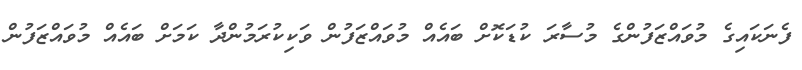
ފެނަކައިގެ މުވައްޒަފުންގެ މުސާރަ ކުޑަކޮށް ބައެއް މުވައްޒަފުން ވަކިކުރަމުންދާ ކަމަށް ބައެއް މުވައްޒަފުން